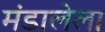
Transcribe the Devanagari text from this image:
मंडालेला